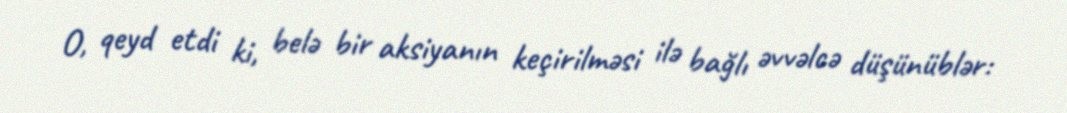
O, qeyd etdi ki, belə bir aksiyanın keçirilməsi ilə bağlı əvvəlcə düşünüblər: